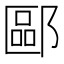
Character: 𫑧